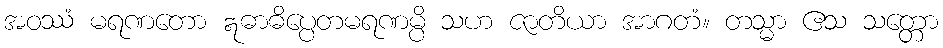
အဝဿံ မရဏတော ဣဓာဓိပ္ပေတမရဏမ္ပိ သဟ ဇာတိယာ အာဂတံ။ တသ္မာ ဧသ သတ္တော